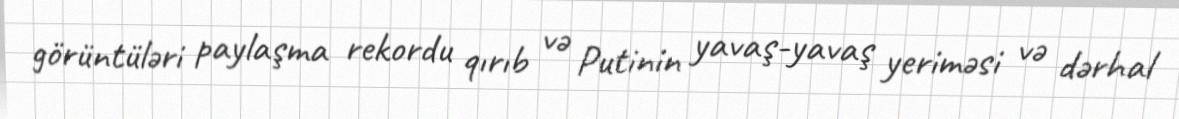
görüntüləri paylaşma rekordu qırıb və Putinin yavaş-yavaş yeriməsi və dərhal